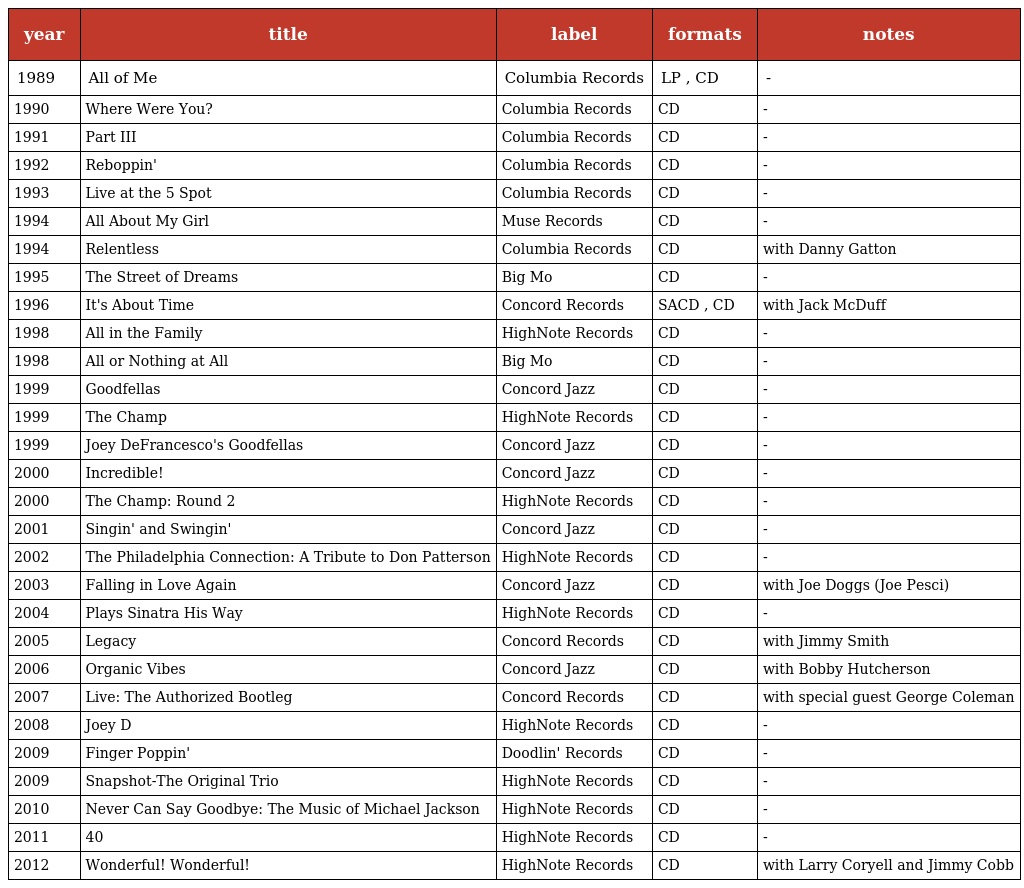
| year | title | label | formats | notes |
 | --- | --- | --- | --- | --- |
 | 1989 | All of Me | Columbia Records | LP , CD | - |
 | 1990 | Where Were You? | Columbia Records | CD | - |
 | 1991 | Part III | Columbia Records | CD | - |
 | 1992 | Reboppin' | Columbia Records | CD | - |
 | 1993 | Live at the 5 Spot | Columbia Records | CD | - |
 | 1994 | All About My Girl | Muse Records | CD | - |
 | 1994 | Relentless | Columbia Records | CD | with Danny Gatton |
 | 1995 | The Street of Dreams | Big Mo | CD | - |
 | 1996 | It's About Time | Concord Records | SACD , CD | with Jack McDuff |
 | 1998 | All in the Family | HighNote Records | CD | - |
 | 1998 | All or Nothing at All | Big Mo | CD | - |
 | 1999 | Goodfellas | Concord Jazz | CD | - |
 | 1999 | The Champ | HighNote Records | CD | - |
 | 1999 | Joey DeFrancesco's Goodfellas | Concord Jazz | CD | - |
 | 2000 | Incredible! | Concord Jazz | CD | - |
 | 2000 | The Champ: Round 2 | HighNote Records | CD | - |
 | 2001 | Singin' and Swingin' | Concord Jazz | CD | - |
 | 2002 | The Philadelphia Connection: A Tribute to Don Patterson | HighNote Records | CD | - |
 | 2003 | Falling in Love Again | Concord Jazz | CD | with Joe Doggs (Joe Pesci) |
 | 2004 | Plays Sinatra His Way | HighNote Records | CD | - |
 | 2005 | Legacy | Concord Records | CD | with Jimmy Smith |
 | 2006 | Organic Vibes | Concord Jazz | CD | with Bobby Hutcherson |
 | 2007 | Live: The Authorized Bootleg | Concord Records | CD | with special guest George Coleman |
 | 2008 | Joey D | HighNote Records | CD | - |
 | 2009 | Finger Poppin' | Doodlin' Records | CD | - |
 | 2009 | Snapshot-The Original Trio | HighNote Records | CD | - |
 | 2010 | Never Can Say Goodbye: The Music of Michael Jackson | HighNote Records | CD | - |
 | 2011 | 40 | HighNote Records | CD | - |
 | 2012 | Wonderful! Wonderful! | HighNote Records | CD | with Larry Coryell and Jimmy Cobb |